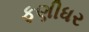
ફણીધર